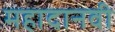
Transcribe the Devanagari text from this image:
महादानवी